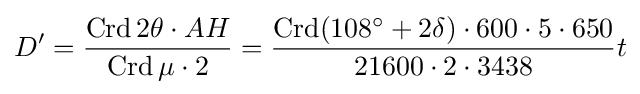
D'={\frac {\operatorname {Crd} 2\theta \cdot AH}{\operatorname {Crd} \mu \cdot 2}}={\frac {\operatorname {Crd} (108^{\circ }+2\delta )\cdot 600\cdot 5\cdot 650}{21600\cdot 2\cdot 3438}}t